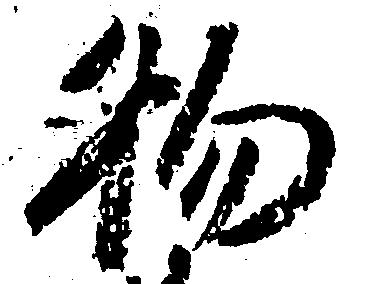
物